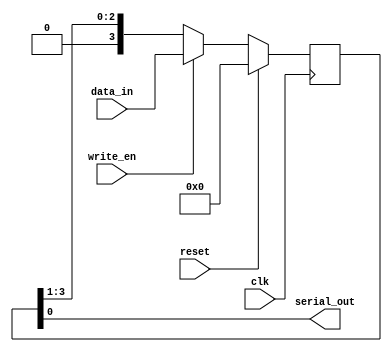
module piso(

    input wire reset, write_en, clk,
    input wire [3:0] data_in,

    output wire serial_out
    );

    reg [3:0] internal_ff;

    always@(posedge clk)
    begin
        if(reset)
            internal_ff <= 4'b0000;
        else if (write_en)
            internal_ff <= data_in;
        else
            internal_ff <= internal_ff >> 1;

    end

    assign serial_out = internal_ff[0];
endmodule